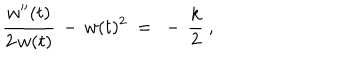
{ \frac { w ^ { \prime \prime } ( t ) } { 2 \, w ( t ) } } \, - \, w ( t ) ^ { 2 } ~ = ~ - \, { \frac { k } { 2 } } ~ ,